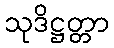
သုဒိဋ္ဌတ္တာ